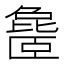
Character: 𬛨